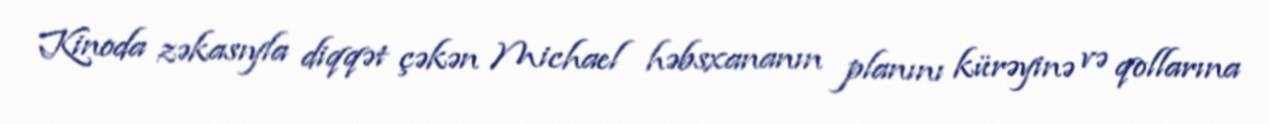
Kinoda zəkasıyla diqqət çəkən Michael həbsxananın planını kürəyinə və qollarına